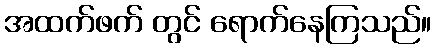
အထက်ဖက် တွင် ရောက်နေကြသည်။